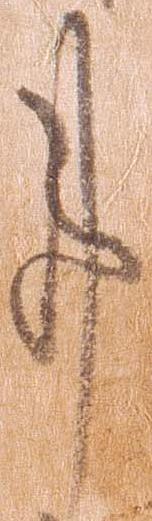
事